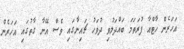
އަހަރެން ހާޓްއާ ފުރަތަމަ ބައްދަލުވި ދުވަހު ޗައިނާގައި ވެސް އޭނާ ގާތުގައި އަހަރެން